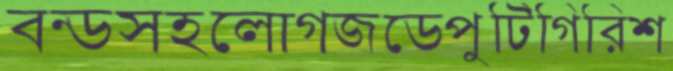
বন্ডসহলোগজডেপুটিগিরিশ